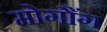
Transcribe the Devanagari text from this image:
मोगौंग